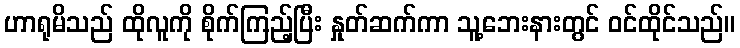
ဟာရုမိသည် ထိုလူကို စိုက်ကြည့်ပြီး နှုတ်ဆက်ကာ သူ့ဘေးနားတွင် ဝင်ထိုင်သည်။